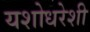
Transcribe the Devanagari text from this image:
यशोधरेशी